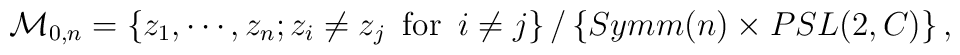
{\cal M}_{0,n}=\left\{z_1, \cdots ,z_n; z_i \neq z_j \,\,\, \mbox{for} \,\,\,  i\neq j\right\}/\left\{Symm(n)\times PSL(2,C)\right\},